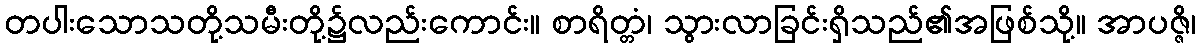
တပါးသောသတို့သမီးတို့၌လည်းကောင်း။ စာရိတ္တံ၊ သွားလာခြင်းရှိသည်၏အဖြစ်သို့။ အာပဇ္ဇိ၊